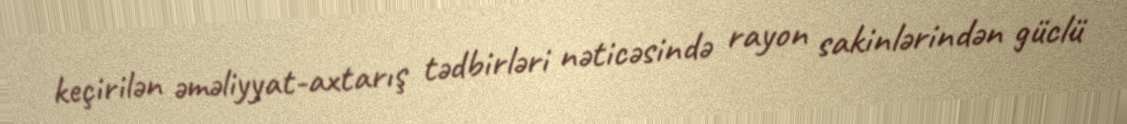
keçirilən əməliyyat-axtarış tədbirləri nəticəsində rayon sakinlərindən güclü